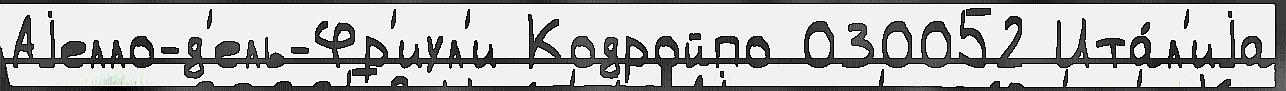
Аjелло-д'ель-Фр'иул'и Кодройпо 030052 Ита́л'иjа